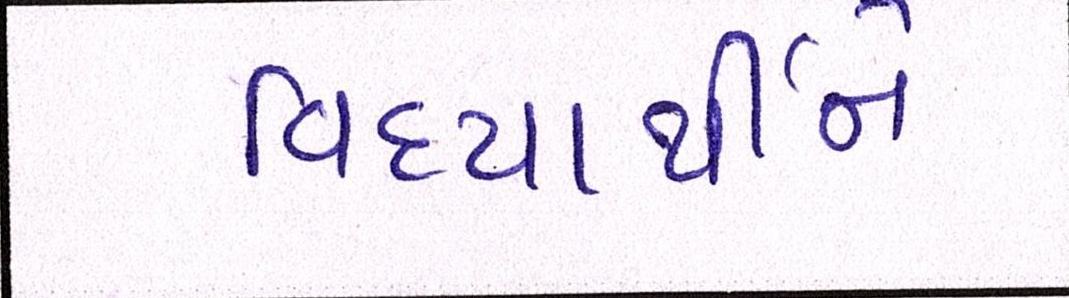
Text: વિદ્યાર્થીને